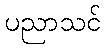
ပညာသင်